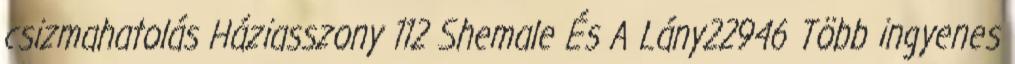
csizmahatolás Háziasszony 112 Shemale És A Lány22946 Több ingyenes